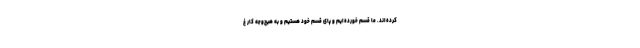
کرده‌اند. ما قسم خورده‌ایم و پای قسم خود هستیم و به هیچ‌وجه کار غ